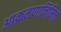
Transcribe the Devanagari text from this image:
आक्रमणानिमित्त